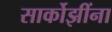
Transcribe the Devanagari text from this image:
सार्कोझींना